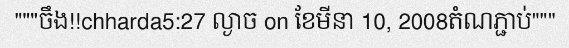
"""ចឹង!!chharda5:27 ល្ងាច on ខែមីនា 10, 2008តំណភ្ជាប់"""